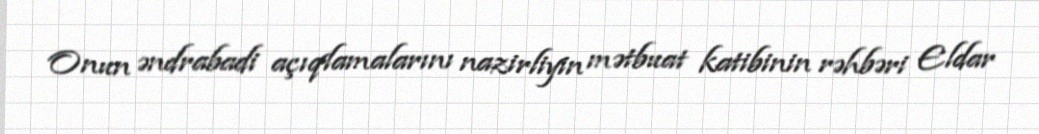
Onun əndrabadi açıqlamalarını nazirliyin mətbuat katibinin rəhbəri Eldar